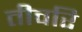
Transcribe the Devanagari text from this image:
तीवरि